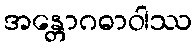
အန္တောဂဓာဝါဿ